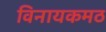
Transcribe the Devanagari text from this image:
विनायकमठ